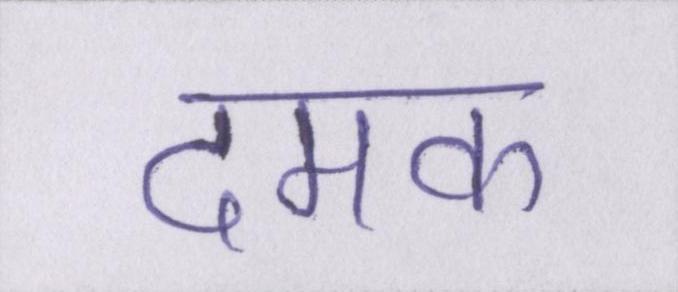
दमक